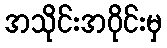
အသိုင်းအဝိုင်းမှ